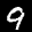
Label: 9